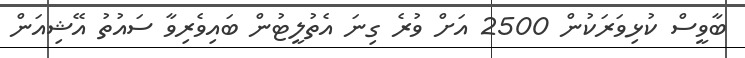
ބާވީސް ކުޅިވަރަކުން 2500 އަށް ވުރެ ގިނަ އެތުލީޓުން ބައިވެރިވާ ސައުތު އޭޝިއަން